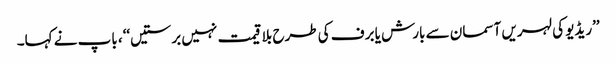
’’ریڈیو کی لہریں آسمان سے بارش یا برف کی طرح بلا قیمت نہیں برستیں‘‘، باپ نے کہا۔